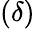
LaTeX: \left(\delta\right)